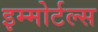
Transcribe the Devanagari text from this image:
इम्मोर्टल्स